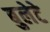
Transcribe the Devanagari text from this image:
बुलेटे